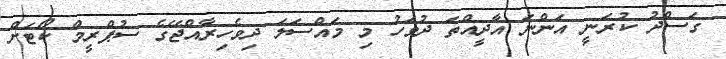
ގަސްދު ކުރަނީ އަންނަ އާދީއްތަ ދުވަހު މި މައްސަލަ ދިވެހިރާއްޖޭގެ ސުޕްރީމް ކޯޓަށް